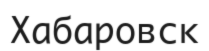
Хабаровск